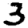
Digit: 3